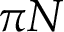
\pi N